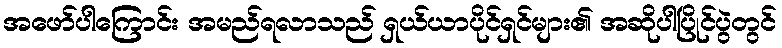
အဖော်ပါကြောင်း အမည်ရလာသည် ရှယ်ယာပိုင်ရှင်များ၏ အဆိုပါပြိုင်ပွဲတွင်